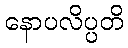
နောပလိပ္ပတိ